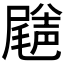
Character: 𡳦